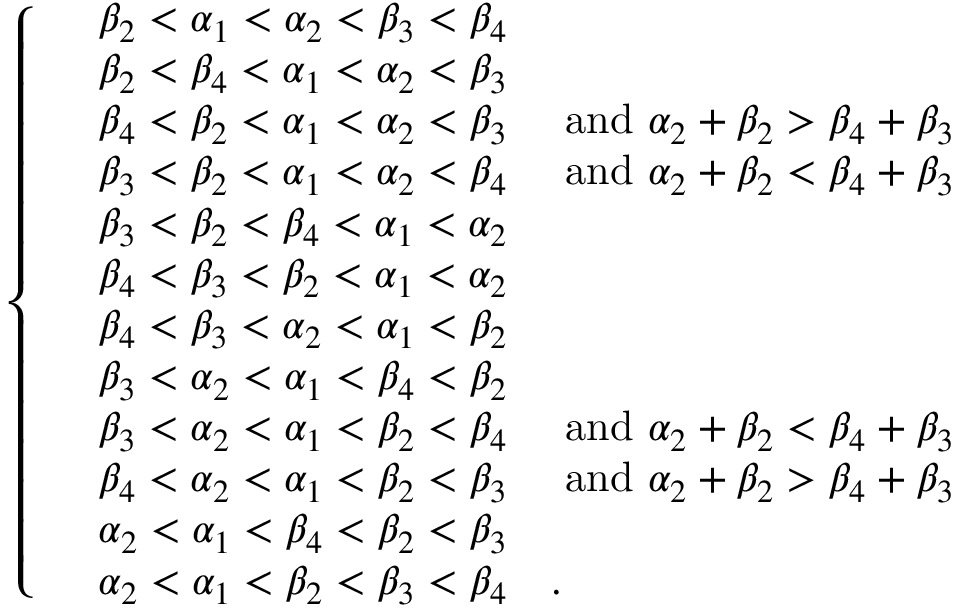
\left\{ \quad \begin{array} { r l } { \beta _ { 2 } < \alpha _ { 1 } < \alpha _ { 2 } < \beta _ { 3 } < \beta _ { 4 } } & { } \\ { \beta _ { 2 } < \beta _ { 4 } < \alpha _ { 1 } < \alpha _ { 2 } < \beta _ { 3 } } & { } \\ { \beta _ { 4 } < \beta _ { 2 } < \alpha _ { 1 } < \alpha _ { 2 } < \beta _ { 3 } } & { \mathrm { ~ a n d ~ } \alpha _ { 2 } + \beta _ { 2 } > \beta _ { 4 } + \beta _ { 3 } } \\ { \beta _ { 3 } < \beta _ { 2 } < \alpha _ { 1 } < \alpha _ { 2 } < \beta _ { 4 } } & { \mathrm { ~ a n d ~ } \alpha _ { 2 } + \beta _ { 2 } < \beta _ { 4 } + \beta _ { 3 } } \\ { \beta _ { 3 } < \beta _ { 2 } < \beta _ { 4 } < \alpha _ { 1 } < \alpha _ { 2 } } & { } \\ { \beta _ { 4 } < \beta _ { 3 } < \beta _ { 2 } < \alpha _ { 1 } < \alpha _ { 2 } } & { } \\ { \beta _ { 4 } < \beta _ { 3 } < \alpha _ { 2 } < \alpha _ { 1 } < \beta _ { 2 } } & { } \\ { \beta _ { 3 } < \alpha _ { 2 } < \alpha _ { 1 } < \beta _ { 4 } < \beta _ { 2 } } & { } \\ { \beta _ { 3 } < \alpha _ { 2 } < \alpha _ { 1 } < \beta _ { 2 } < \beta _ { 4 } } & { \mathrm { ~ a n d ~ } \alpha _ { 2 } + \beta _ { 2 } < \beta _ { 4 } + \beta _ { 3 } } \\ { \beta _ { 4 } < \alpha _ { 2 } < \alpha _ { 1 } < \beta _ { 2 } < \beta _ { 3 } } & { \mathrm { ~ a n d ~ } \alpha _ { 2 } + \beta _ { 2 } > \beta _ { 4 } + \beta _ { 3 } } \\ { \alpha _ { 2 } < \alpha _ { 1 } < \beta _ { 4 } < \beta _ { 2 } < \beta _ { 3 } } & { } \\ { \alpha _ { 2 } < \alpha _ { 1 } < \beta _ { 2 } < \beta _ { 3 } < \beta _ { 4 } } & { . } \end{array} \right.